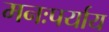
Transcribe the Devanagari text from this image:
मनःपर्याय